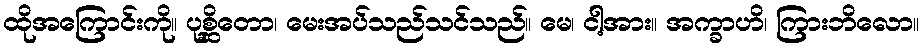
ထိုအကြောင်းကို။ ပုစ္ဆိတော၊ မေးအပ်သည်သင်သည်။ မေ၊ ငါ့အား။ အက္ခာဟိ၊ ကြားဘိလော။